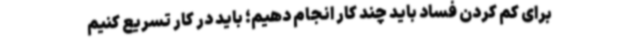
برای کم کردن فساد باید چند کار انجام دهیم؛ باید در کار تسریع کنیم